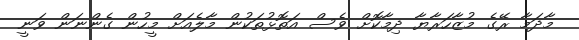
މާދަމާ ރޭގެ މުޒާހަރާޔާ ދިމާކޮށް ވެސް އަތޮޅުތަކުން މާލެއަށް މީހުން ގެންނަން ވަނީ